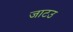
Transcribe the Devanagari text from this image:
जाटउ